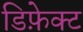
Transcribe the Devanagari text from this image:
डिफ़ेक्ट